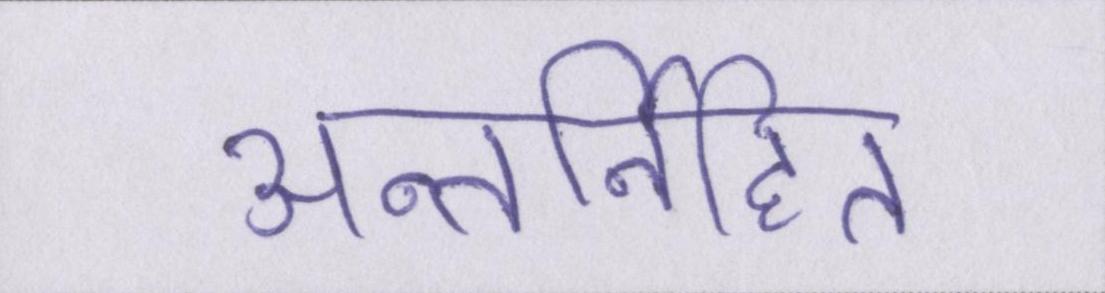
अन्तर्निहित